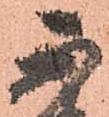
不